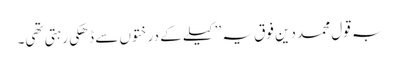
بہ قول محمد دین فوق یہ ’’کیلے کے درختوں سے ڈھکی رہتی تھی۔